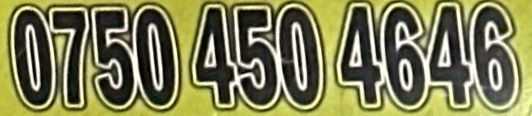
0750 450 4646